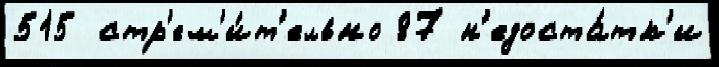
515 стр'ем'и́т'ельно 87 н'едоста́тк'и